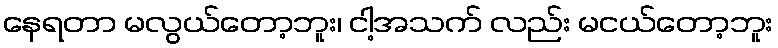
နေရတာ မလွယ်တော့ဘူး၊ ငါ့အသက် လည်း မငယ်တော့ဘူး